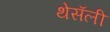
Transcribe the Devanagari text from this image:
थेसॅली